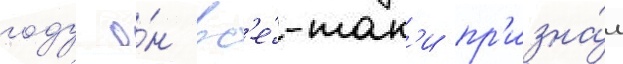
году о́н вс'е́-так'и пр'изна́л